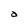
Character: a